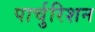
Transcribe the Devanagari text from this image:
पार्चुरिशन